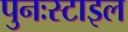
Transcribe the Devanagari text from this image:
पुनःस्टाइल